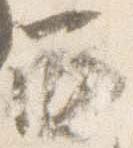
西